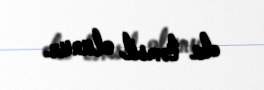
da təmsil olunur.